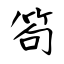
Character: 笱